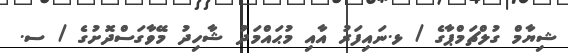
ޝިޔާމް ގުލްޗަމްޕާގެ / ޅ.ނައިފަރު އާއި މުޙައްމަދު ޝާހިދު މޭވާގަސްދޮށުގެ / ސ.